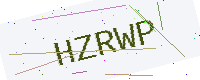
Text: HZRWP